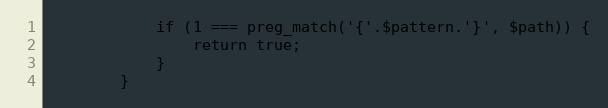
Language: PHP
            if (1 === preg_match('{'.$pattern.'}', $path)) {
                return true;
            }
        }